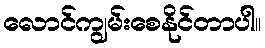
လောင်ကျွမ်းစေနိုင်တာပါ။